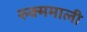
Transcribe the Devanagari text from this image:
रुक्ममाली